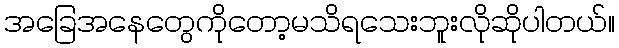
အခြေအနေတွေကိုတော့မသိရသေးဘူးလိုဆိုပါတယ်။